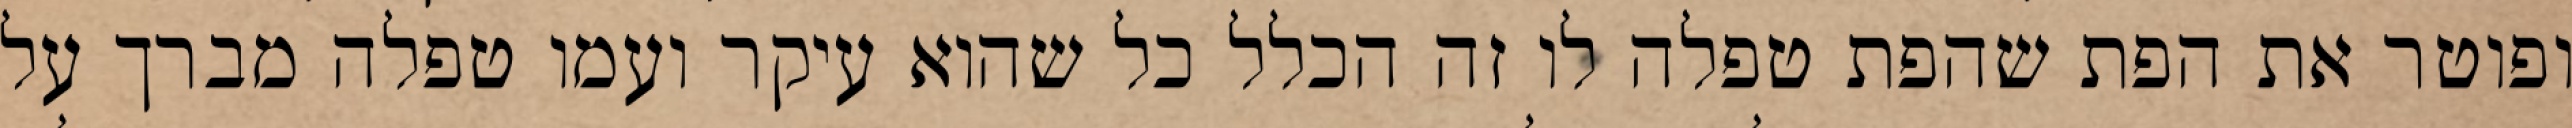
ופוטר את הפת שהפת טפלה לו זה הכלל כל שהוא עיקר ועמו טפלה מברך על